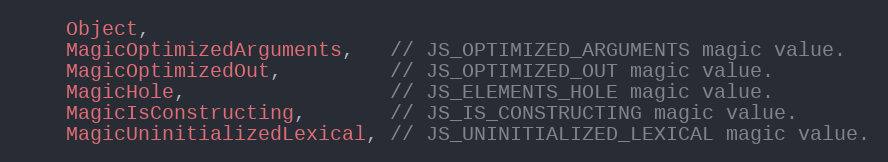
Language: C
    Object,
    MagicOptimizedArguments,   // JS_OPTIMIZED_ARGUMENTS magic value.
    MagicOptimizedOut,         // JS_OPTIMIZED_OUT magic value.
    MagicHole,                 // JS_ELEMENTS_HOLE magic value.
    MagicIsConstructing,       // JS_IS_CONSTRUCTING magic value.
    MagicUninitializedLexical, // JS_UNINITIALIZED_LEXICAL magic value.